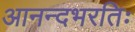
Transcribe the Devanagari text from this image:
आनन्दभरतिः